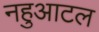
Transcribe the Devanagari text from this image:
नहुआटल